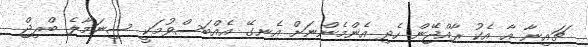
ޗައިނާ އާ އެކު ރާއްޖޭން ހެދި އެންމެންނަށް އެނގޭ އެއްބަސްވުމަކީ ސިނަމާލެ ބްރިޖް